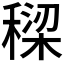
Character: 𮃡